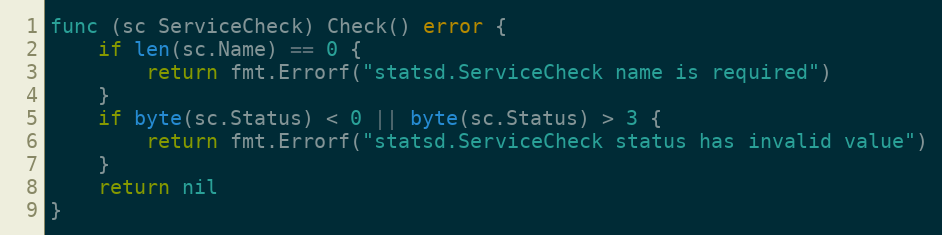
Language: Go
func (sc ServiceCheck) Check() error {
	if len(sc.Name) == 0 {
		return fmt.Errorf("statsd.ServiceCheck name is required")
	}
	if byte(sc.Status) < 0 || byte(sc.Status) > 3 {
		return fmt.Errorf("statsd.ServiceCheck status has invalid value")
	}
	return nil
}